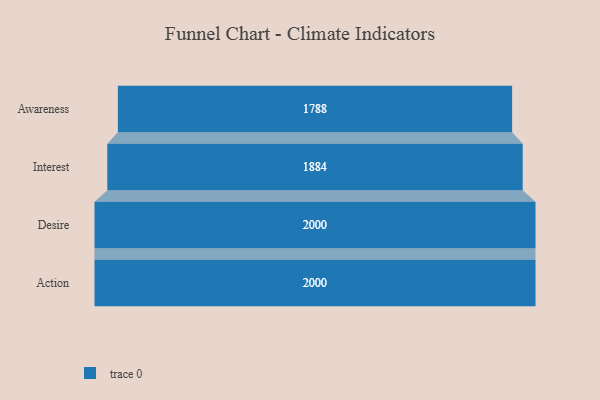
{"axis": {"x": "Stage", "y": "Value"}, "legend": [""], "data": [{"x": "Awareness", "y": 1788.0, "type": ""}, {"x": "Interest", "y": 1884.0, "type": ""}, {"x": "Desire", "y": 2000, "type": ""}, {"x": "Action", "y": 2000, "type": ""}]}